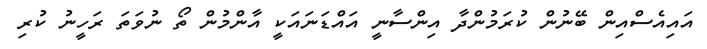
އައިއެސްއިން ބޭނުން ކުރަމުންދާ އިންސާނީ އައްޑަނައަކީ އާންމުން ތޯ ނުވަތަ ރަހީނު ކުރި